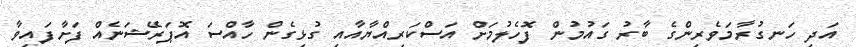
އަދި ހަނގުރާމަވެރިންގެ ބާރު ގައުމުން ފޮހެލުމަށް އަސްކަރިއްޔާއާއި ގުޅިގެން ހާއްސަ އޮޕަރޭޝަނެއް ފަށާފައިވާ